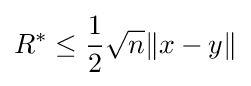
R^{*}\leq {\frac {1}{2}}{\sqrt {n}}\|x-y\|